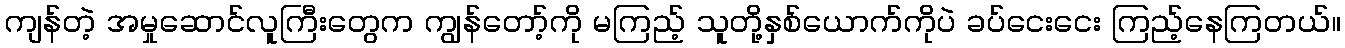
ကျန်တဲ့ အမှုဆောင်လူကြီးတွေက ကျွန်တော့်ကို မကြည့် သူတို့နှစ်ယောက်ကိုပဲ ခပ်ငေးငေး ကြည့်နေကြတယ်။